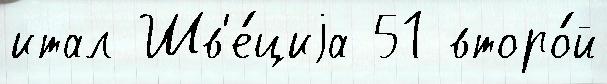
итал Шв'е́циjа 51 второ́й